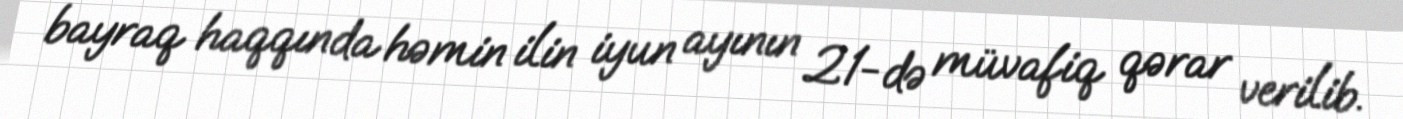
bayraq haqqında həmin ilin iyun ayının 21-də müvafiq qərar verilib.